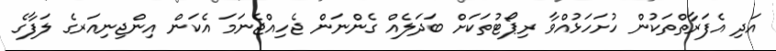
އަދި އެފަރާތްތަކުން ހުށަހަޅުއްވާ ރިޕޯޓުތަކަށް ބަދަލެއް ގެންނަން ޖެހިއްޖެނަމަ އެކަން އިންޖިނިއަރގެ ލަފާގެ